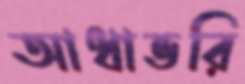
আধাভরি